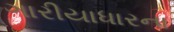
ગારીયાધારના